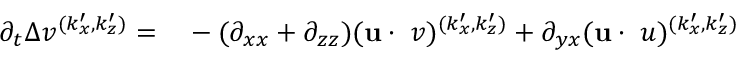
\begin{array} { r l } { \partial _ { t } \Delta v ^ { ( k _ { x } ^ { \prime } , k _ { z } ^ { \prime } ) } = } & { { } - ( \partial _ { x x } + \partial _ { z z } ) ( \mathbf { u } \cdot \mathbf { \nabla } v ) ^ { ( k _ { x } ^ { \prime } , k _ { z } ^ { \prime } ) } + \partial _ { y x } ( \mathbf { u } \cdot \mathbf { \nabla } u ) ^ { ( k _ { x } ^ { \prime } , k _ { z } ^ { \prime } ) } } \end{array}